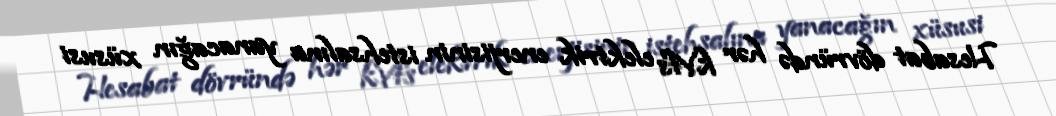
Hesabat dövründə hər kVts elektrik enerjisinin istehsalına yanacağın xüsusi